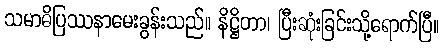
သမာဓိပြဿနာမေးခွန်းသည်။ နိဋ္ဌိတာ၊ ပြီးဆုံးခြင်းသို့ရောက်ပြီ။